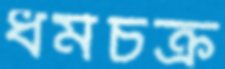
ধর্মচক্র